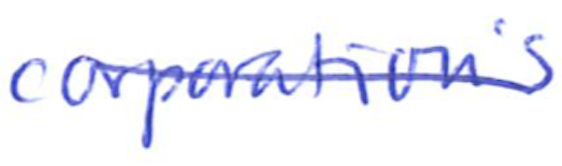
Text: corporation's
Cross-out: diagonal
Writing tool: ballpoint